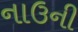
નાઉની